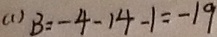
( 1 ) B = - 4 - 1 4 - 1 = - 1 9